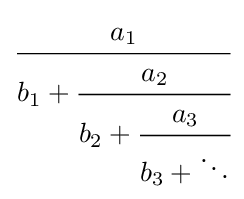
{\cfrac {a_{1}}{b_{1}+{\cfrac {a_{2}}{b_{2}+{\cfrac {a_{3}}{b_{3}+\ddots }}}}}}